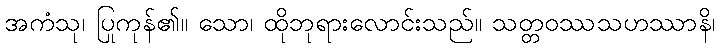
အကံသု၊ ပြုကုန်၏။ သော၊ ထိုဘုရားလောင်းသည်။ သတ္တဝဿသဟဿာနိ၊